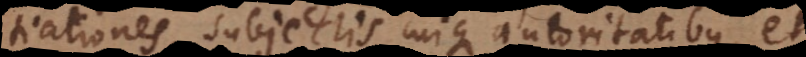
tiationes, subjectis cuique autoritatibus, et